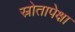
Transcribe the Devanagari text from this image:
स्रोतापेक्षा